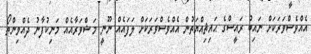
އެއްވެސްވަރަކަށް ނައިބު ރައީސްގެ ޙައިޘިއްޔަތުން އެއްވެސްވަރަކަށް ލަފައެއް ނޫނީ މަޝްވަރާއެއް މަނިކުފާނު ދެއްވިންތޯ